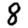
Digit: 8